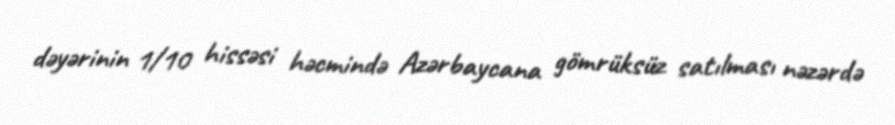
dəyərinin 1/10 hissəsi həcmində Azərbaycana gömrüksüz satılması nəzərdə